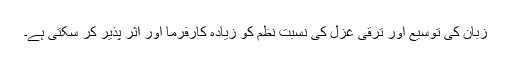
زبان کی توسیع اور ترقی غزل کی نسبت نظم کو زیادہ کارفرما اور اثر پذیر کر سکتی ہے۔